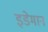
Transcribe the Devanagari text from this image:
इडेमान